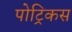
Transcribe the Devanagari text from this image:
पोट्रिकस